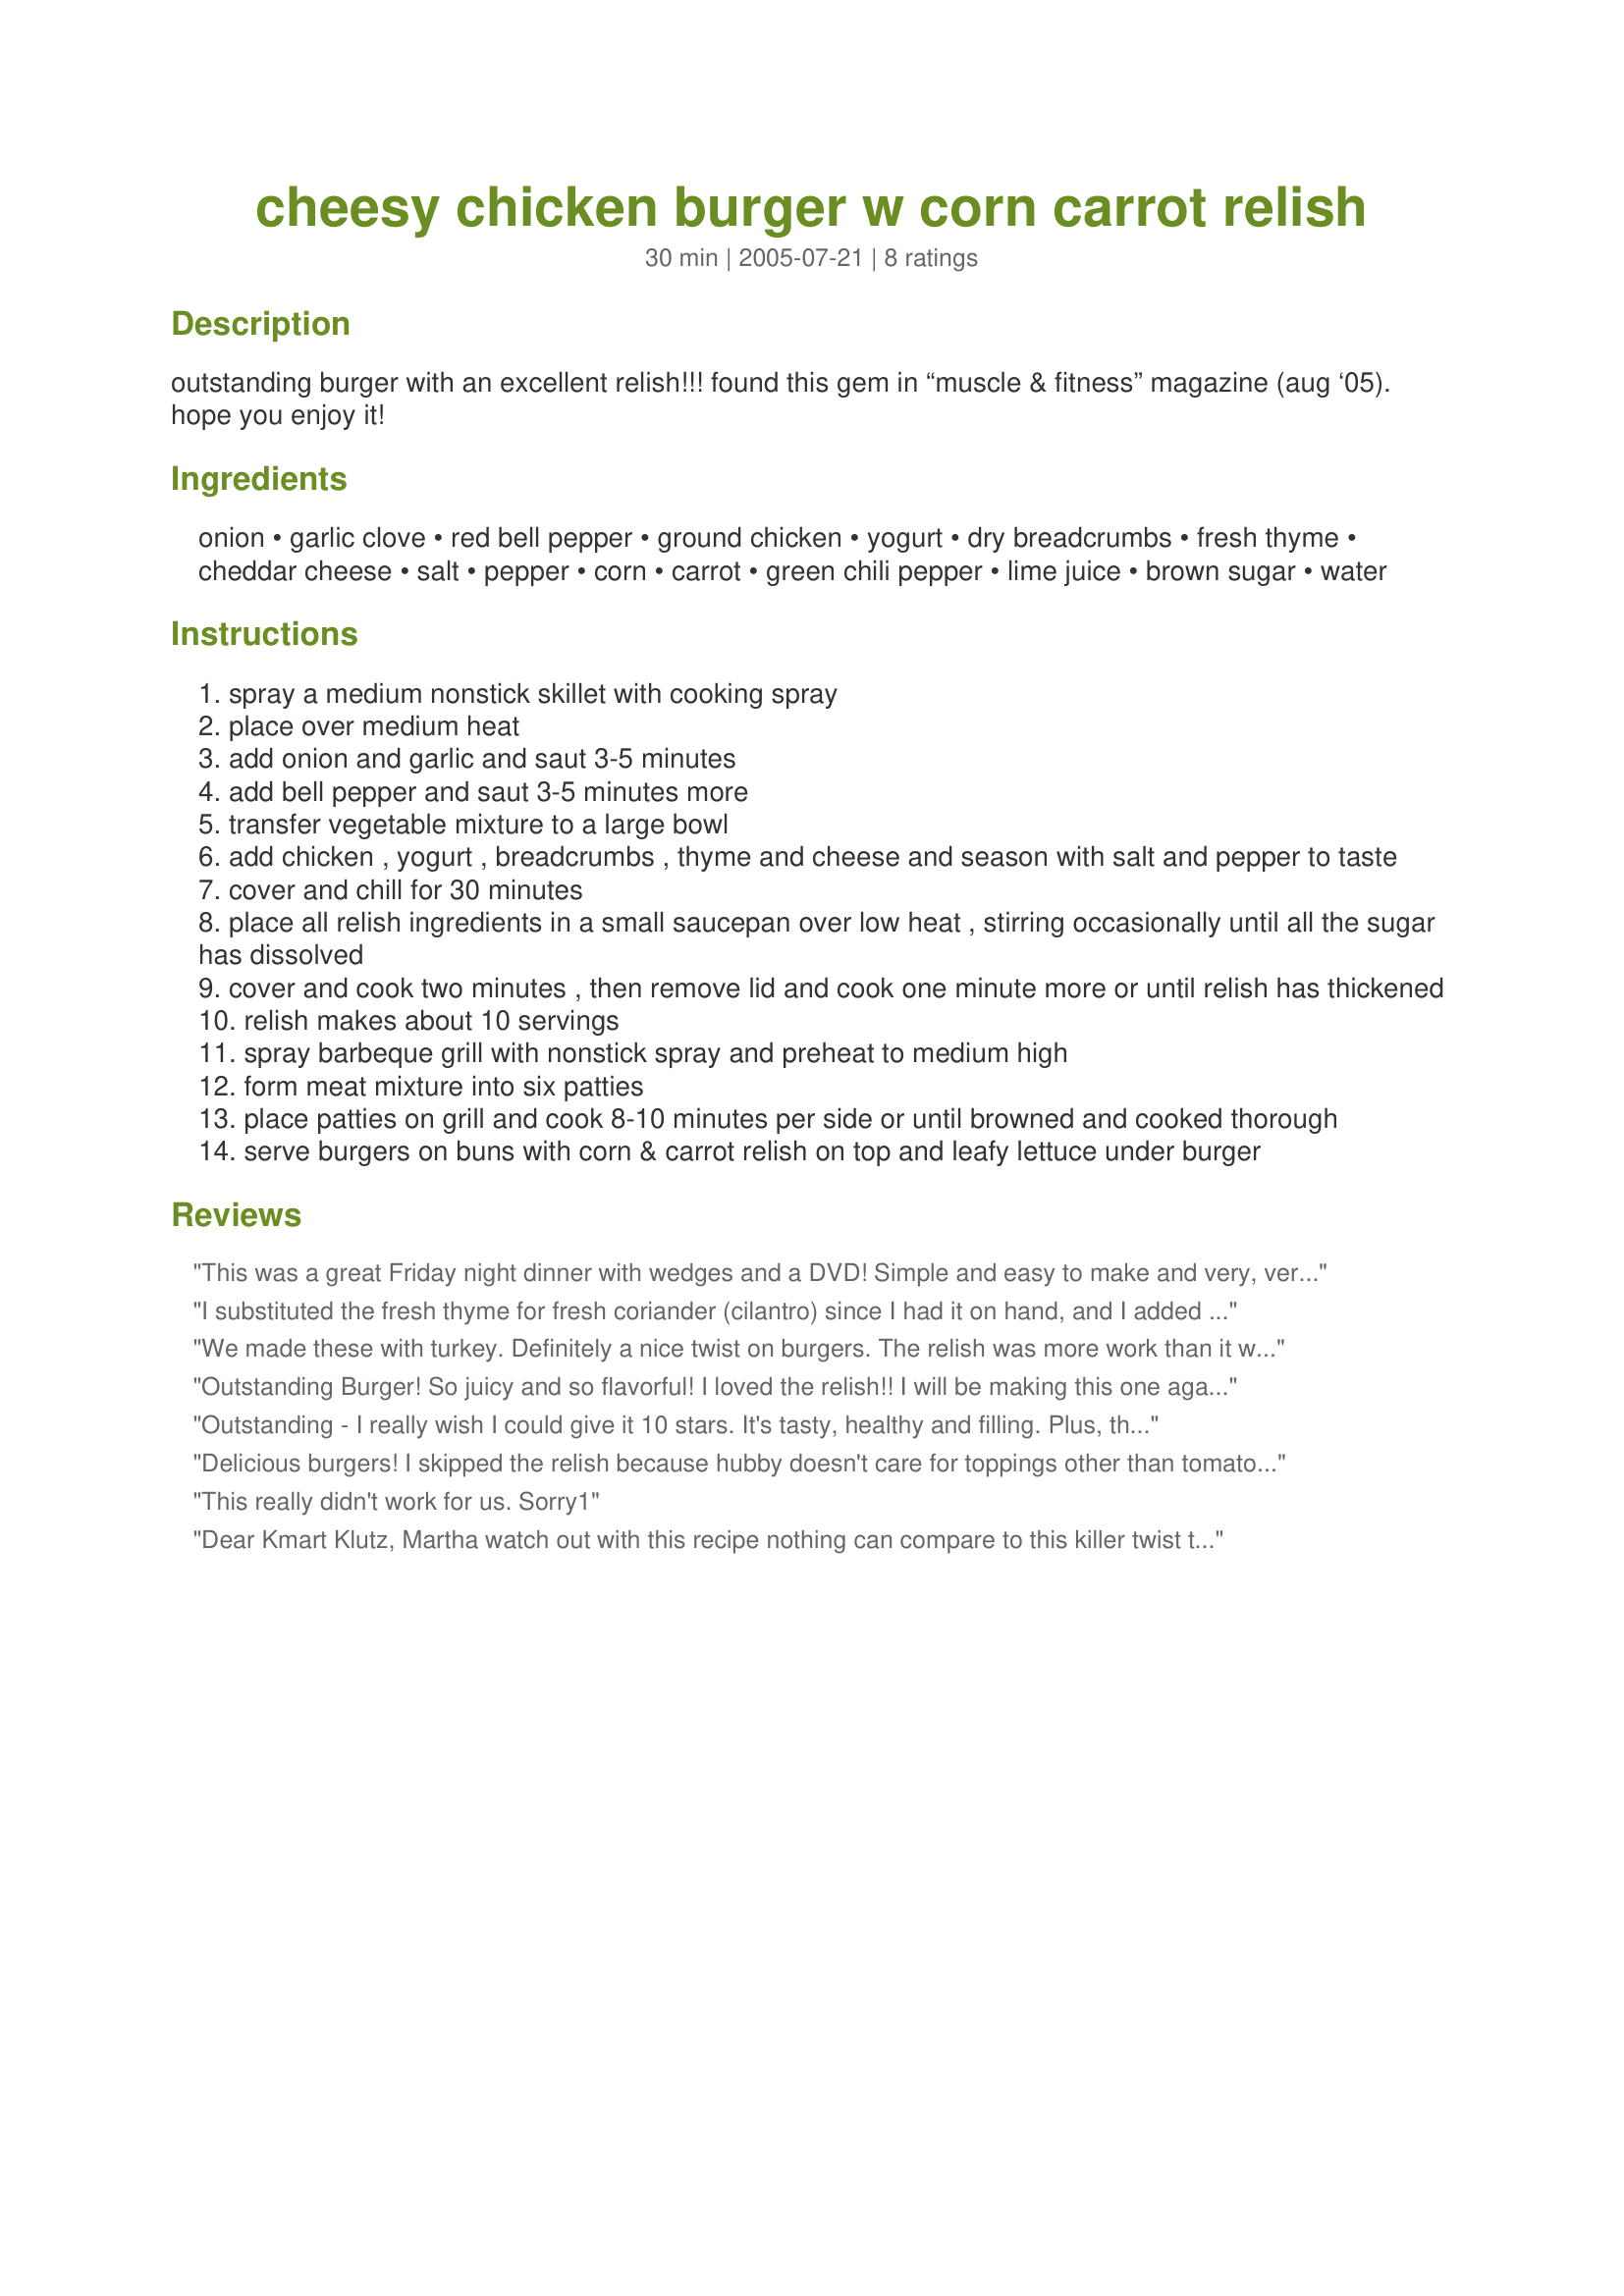
cheesy chicken burger w corn carrot relish
Preparation time: 30 minutes

outstanding burger with an excellent relish!!! found this gem in “muscle & fitness” magazine (aug ‘05). hope you enjoy it!

Ingredients:
onion, garlic clove, red bell pepper, ground chicken, yogurt, dry breadcrumbs, fresh thyme, cheddar cheese, salt, pepper, corn, carrot, green chili pepper, lime juice, brown sugar, water

Steps:
spray a medium nonstick skillet with cooking spray
place over medium heat
add onion and garlic and saut 3-5 minutes
add bell pepper and saut 3-5 minutes more
transfer vegetable mixture to a large bowl
add chicken , yogurt , breadcrumbs , thyme and cheese and season with salt and pepper to taste
cover and chill for 30 minutes
place all relish ingredients in a small saucepan over low heat , stirring occasionally until all the sugar has dissolved
cover and cook two minutes , then remove lid and cook one minute more or until relish has thickened
relish makes about 10 servings
spray barbeque grill with nonstick spray and preheat to medium high
form meat mixture into six patties
place patties on grill and cook 8-10 minutes per side or until browned and cooked thorough
serve burgers on buns with corn & carrot relish on top and leafy lettuce under burger

Reviews:
This was a great Friday night dinner with wedges and a DVD! Simple and easy to make and very, very tasty. The chicken burgers on their own were good, but the relish pushed it up to five stars, the flavours just complimented each other beautifully. I used frozen corn as that's what I had on hand, so the relish took a little longer as the corn had to defrost! Great flavour, thanks for posting!
I substituted the fresh thyme for fresh coriander (cilantro) since I had it on hand, and I added some chopped mango. Wow! What a fantastic, healthier alternative to a hamburger. Can't wait to try it with other combinations of veggies and herbs. Thanks!
We made these with turkey. Definitely a nice twist on burgers. The relish was more work than it was worth I thought, but it did taste fine. I would add more fresh herbs next time.
Outstanding Burger! So juicy and so flavorful! I loved the relish!! I will be making this one again for sure! Oh, BTW, a very picky three year old loved it!!! Great way to sneak in the veggies!!
Outstanding - I really wish I could give it 10 stars. It's tasty, healthy and filling. Plus, the burgers stayed together very well. We topped ours with both the relish and some salsa. I added a pinch of cayenne pepper to the relish, too 'cuz we like it hot!! Served them on toasted buns.Thanks!
Delicious burgers! I skipped the relish because hubby doesn't care for toppings other than tomatoes and lettuce. Thanks!
This really didn't work for us. Sorry1
Dear Kmart Klutz,
 Martha watch out with this recipe nothing can compare to this killer twist to hamburgers.Super easy Super Fast to cook and Super to eat. I can not wait to make them again.
